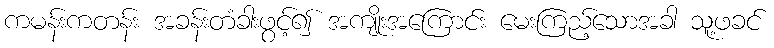
ကမန်းကတန်း အခန်းတံခါးဖွင့်၍ အကျိုးအကြောင်း မေးကြည့်သောအခါ သူ့ဖခင်